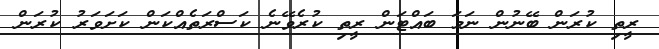
ރީތި ކުރަން ބޭނުން ނަމަ ބައްޓަން ރީތި ކުރެވޭނެ ކަސްރަތެއްކަން ކަށަވަރު ކުރަން